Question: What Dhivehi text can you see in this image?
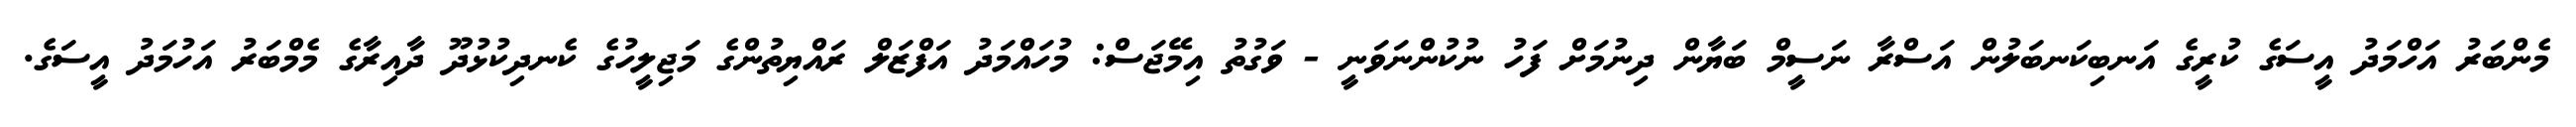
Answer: މެންބަރު އަހްމަދު އީސަގެ ކުރީގެ އަނބިކަނބަލުން އަސްރާ ނަސީމް ބަޔާން ދިނުމަށް ފަހު ނުކުންނަވަނީ - ވަގުތު އިމޭޖަސް: މުހައްމަދު އަފްޒަލް ރައްޔިތުންގެ މަޖިލީހުގެ ކެނދިކުޅުދޫ ދާއިރާގެ މެމްބަރު އަހުމަދު އީސަގެ.